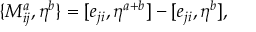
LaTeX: \{ M _ { i j } ^ { a } , \eta ^ { b } \} = [ e _ { j i } , \eta ^ { a + b } ] - [ e _ { j i } , \eta ^ { b } ] ,